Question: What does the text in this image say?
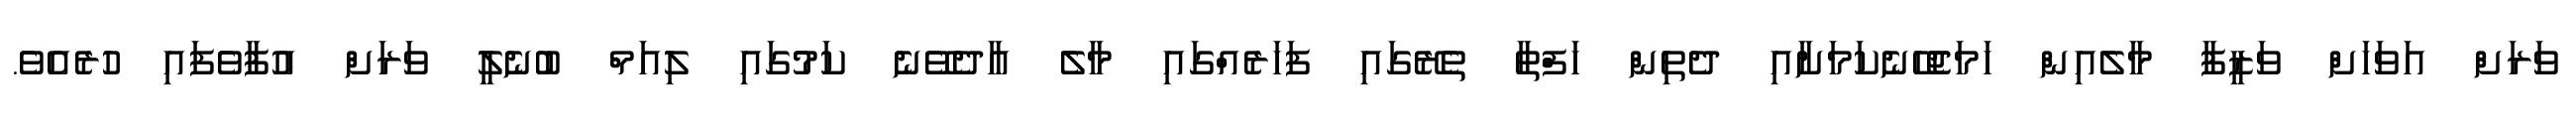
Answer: ވަރަށް އަވަހަށް ވަޒީފާ މާލެއިން ހަމަޖެހޭނެކަމަށާއި ދެތިން ހަފްތާ ތެރޭގައި ފަހަރެއްގައި މާލެ އާދެވޭނެ ކަމުގައި ލިއަމް ބުނެލީ ވަރަށް އުފާވެފައި ހުރެއެވެ.